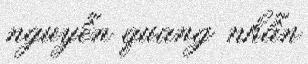
nguyễn quang nhẫn